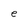
Character: e